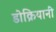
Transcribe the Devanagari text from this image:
डोक्रियानी